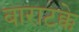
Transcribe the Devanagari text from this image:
बाराटक्के